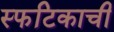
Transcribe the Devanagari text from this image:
स्फटिकाची